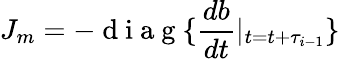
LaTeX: J_{m}=-\mathrm{~d~i~a~g~}\{ \frac{db}{dt}|_{t=t+\tau_{i-1}}\}